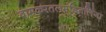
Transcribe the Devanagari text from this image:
वामकरतलमंडितलिंगा